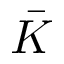
\bar { K }